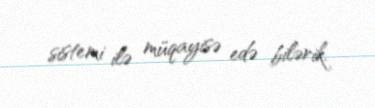
sistemi ilə müqayisə edə bilərik.